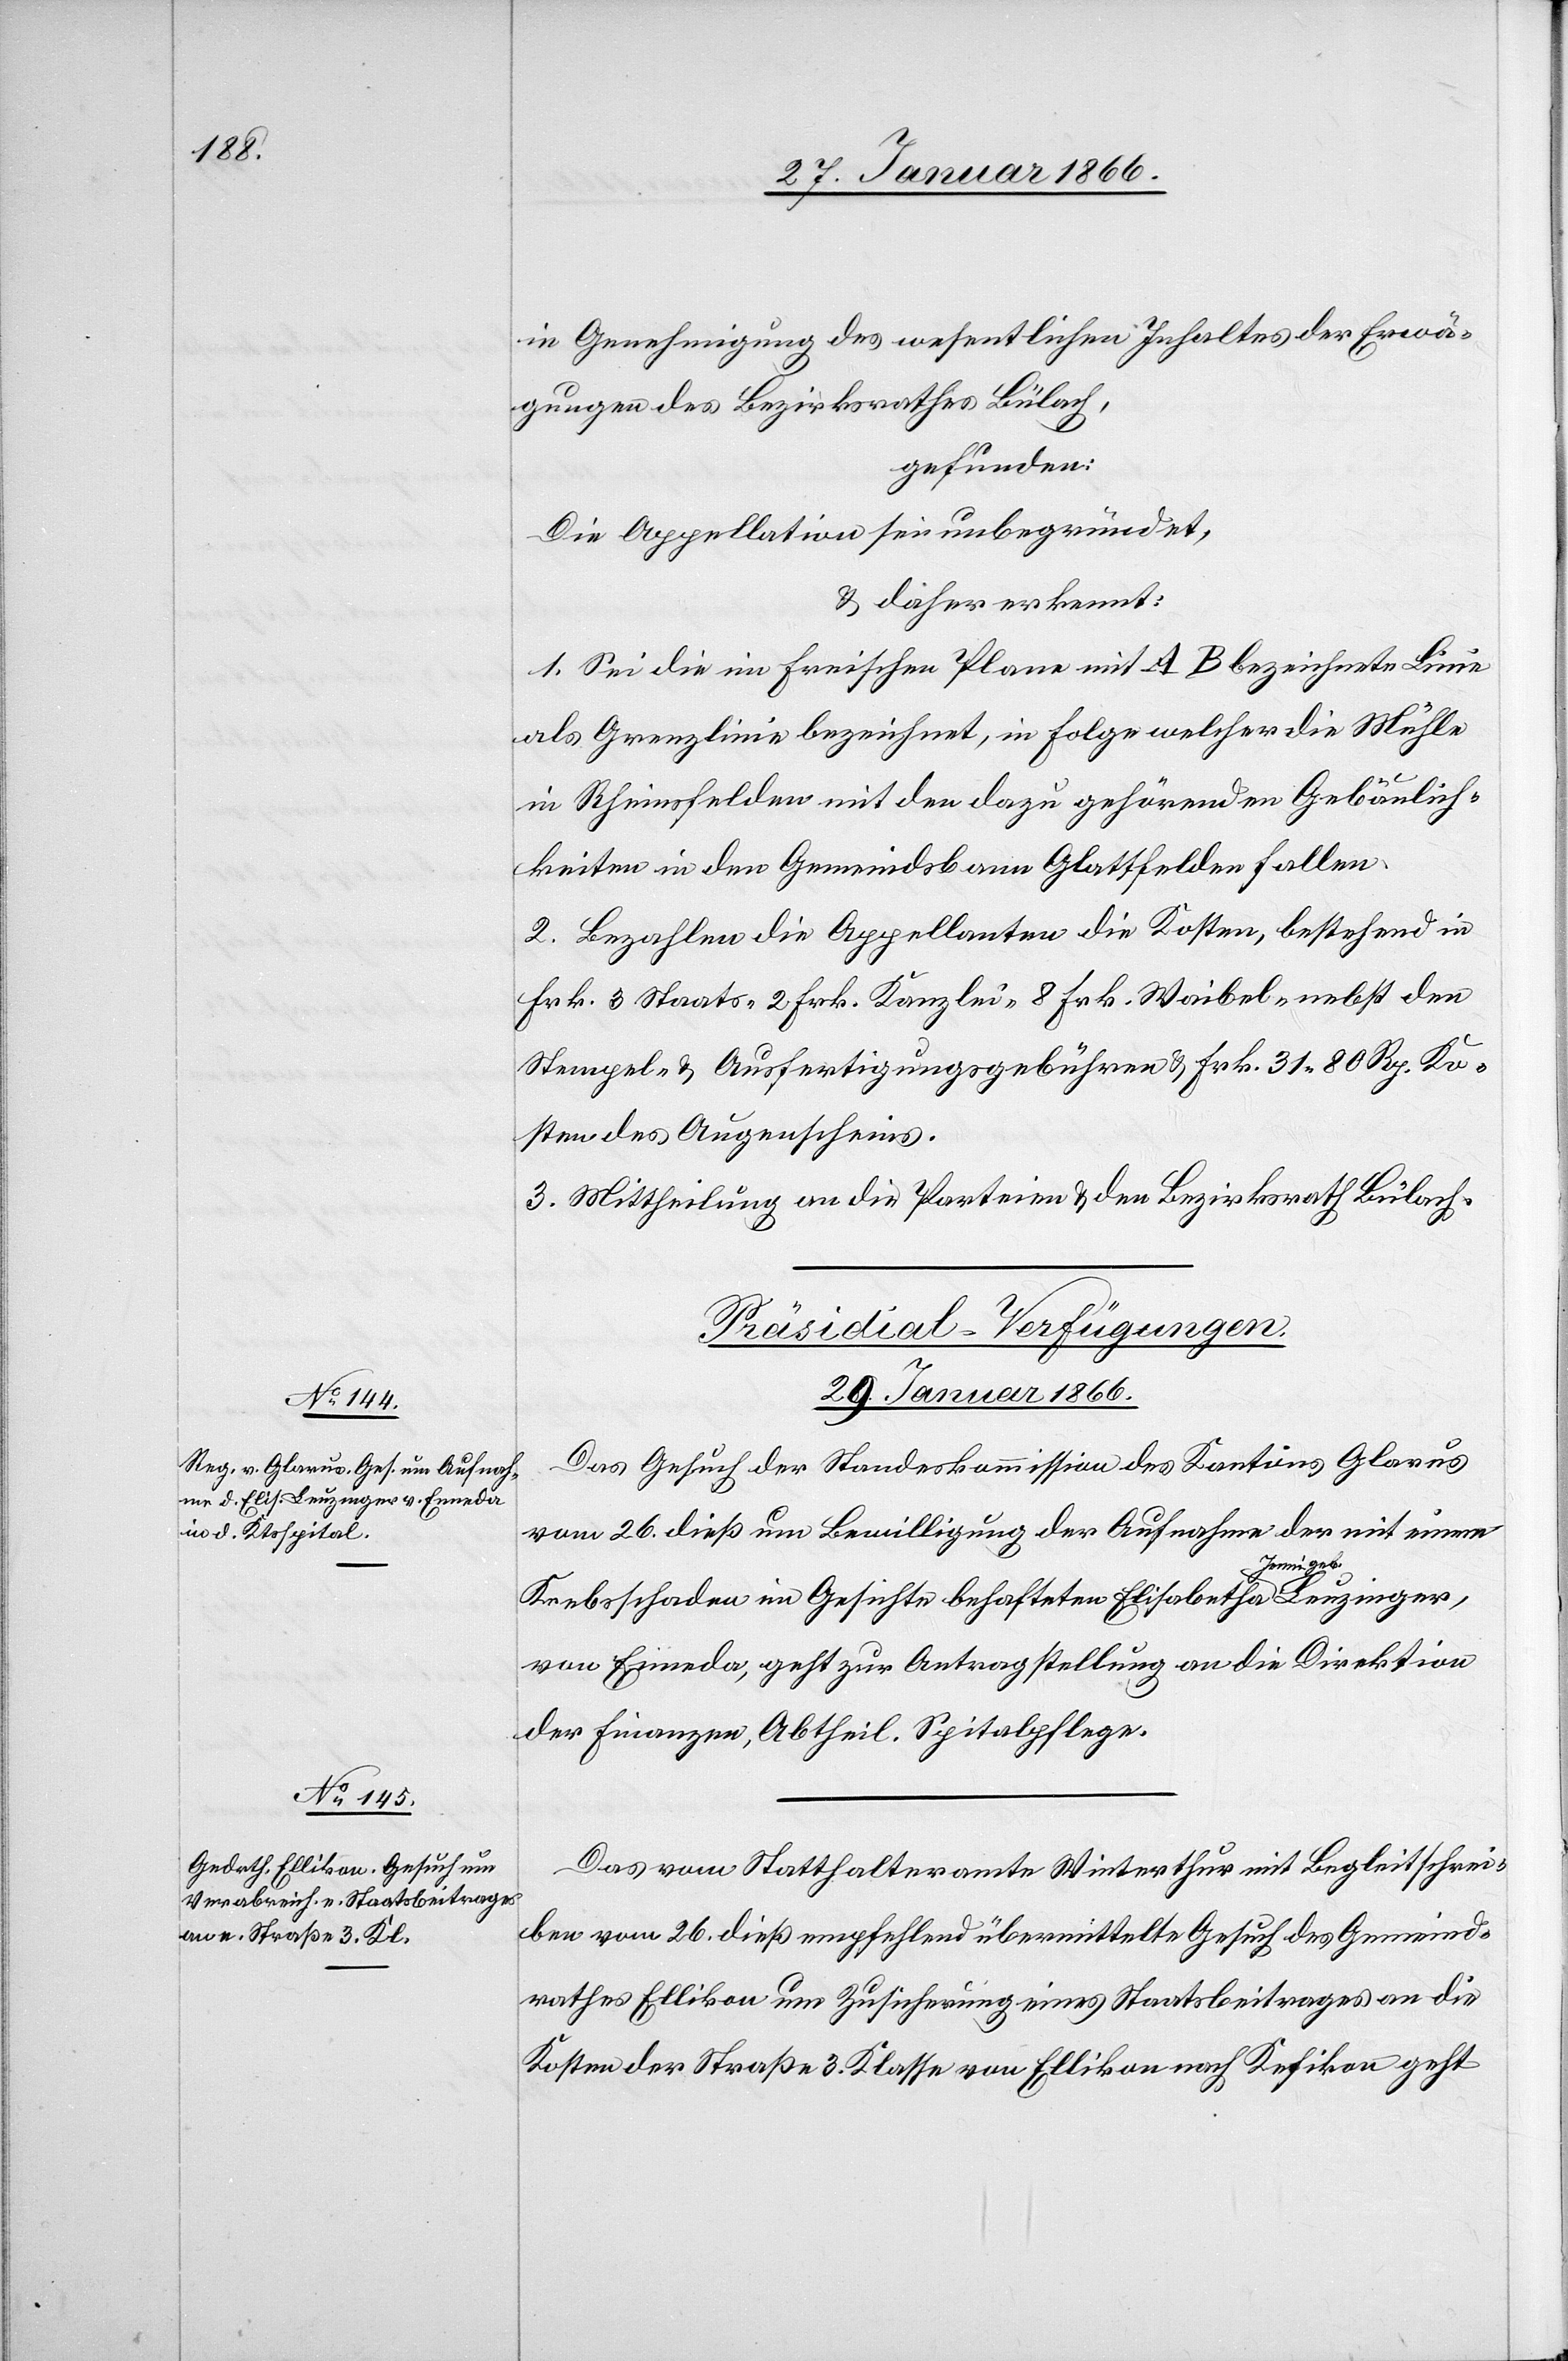
in Genehmigung des wesentlichen Inhaltes der Erwä¬
gungen des Bezirksrathes Bülach,
gefunden:
Die Appellation sei unbegründet,
u. daher erkannt:
1. Sei die im Freischen Plane mit A B bezeichnete Linie
als Grenzlinie bezeichnet, in Folge welcher die Mühle
in Rheinsfelden mit den dazu gehörenden Gebäulich¬
keiten in den Gemeindsbann Glattfelden fallen.
2. Bezahlen die Appellanten die Kosten, bestehend in
Frk. 3 Staats- 2 Frk. Kanzlei- 8 Frk. Weibel- nebst den
Stempel- u. Ausfertigungsgebühren u. Frk. 31.80 Rp. Ko¬
sten des Augenscheins.
3. Mittheilung an die Parteien u. den Bezirksrath Bülach.
[Präsidial-Verfügungen.
29. Januar 1866.]
Das Gesuch der Standeskommission des Kantons Glarus
vom 26. dieß um Bewilligung der Aufnahme der mit einem
Leuzinger,
Krebsschaden im Gesichte behafteten Elisabetha Jenni geb.
von Enneda, geht zur Antragstellung an die Direktion
der Finanzen, Abtheil. Spitalpflege.
Das vom Statthalteramte Winterthur mit Begleitschrei¬
ben vom 26. dieß empfehlend übermittelte Gesuch des Gemeind¬
rathes Ellikon um Zusicherung eines Staatsbeitrages an die
Kosten der Straße 3. Klasse von Ellikon nach Kefikon geht